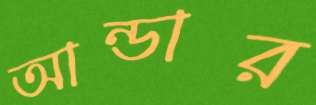
আন্ডার